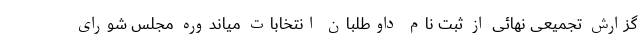
گزارش تجمیعی نهائی از ثبت نام داوطلبان انتخابات میاندوره مجلس شورای